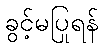
ခွင့်မပြုရန်